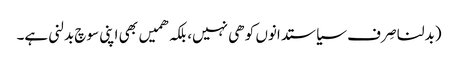
(بدلنا صِرف سیاستدانوں کو ھی نہیں، بلکہ ھمیں بھی اپنی سوچ بدلنی ہے۔